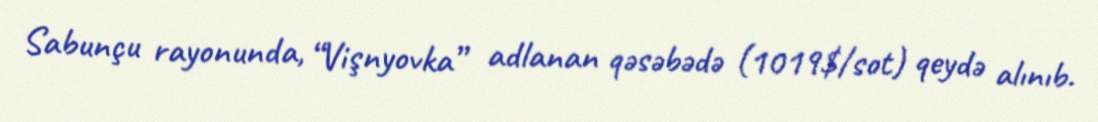
Sabunçu rayonunda, “Vişnyovka” adlanan qəsəbədə (1019$/sot) qeydə alınıb.